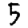
Digit: 5